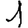
Digit: 1